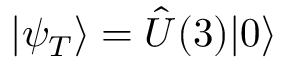
| \psi _ { T } \rangle = \hat { U } ( 3 ) | 0 \rangle